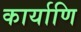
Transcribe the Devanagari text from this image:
कार्याणि